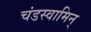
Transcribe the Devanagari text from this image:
चंडस्वामिन्